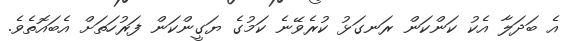
އެ ބަދަލާ އެކު ކަންކަން ރަނގަޅު ކުރެވޭނެ ކަމުގެ ޔަގީންކަން ފަރުހަތަށް އެބައޮތެވެ.